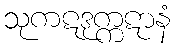
သုကဋဒုက္ကဋာနံ